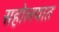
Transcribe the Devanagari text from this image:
सहोलयात